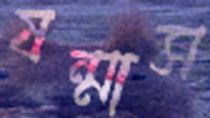
ষন্মাস